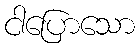
ငါပြောသော